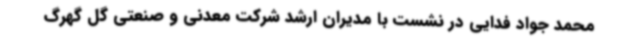
محمد جواد فدایی در نشست با مدیران ارشد شرکت معدنی و صنعتی گل گهرگ